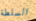
السلطة